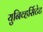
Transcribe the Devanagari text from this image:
युनिव्हर्सिटेट